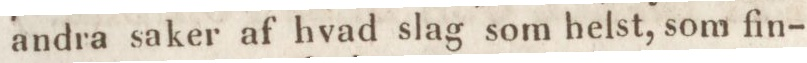
andra saker af hvad slag som helst, som fin-